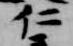
仁